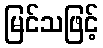
မြင်သဖြင့်